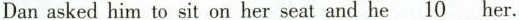
Dan asked him to sit on her seat and he\underline{10}her.